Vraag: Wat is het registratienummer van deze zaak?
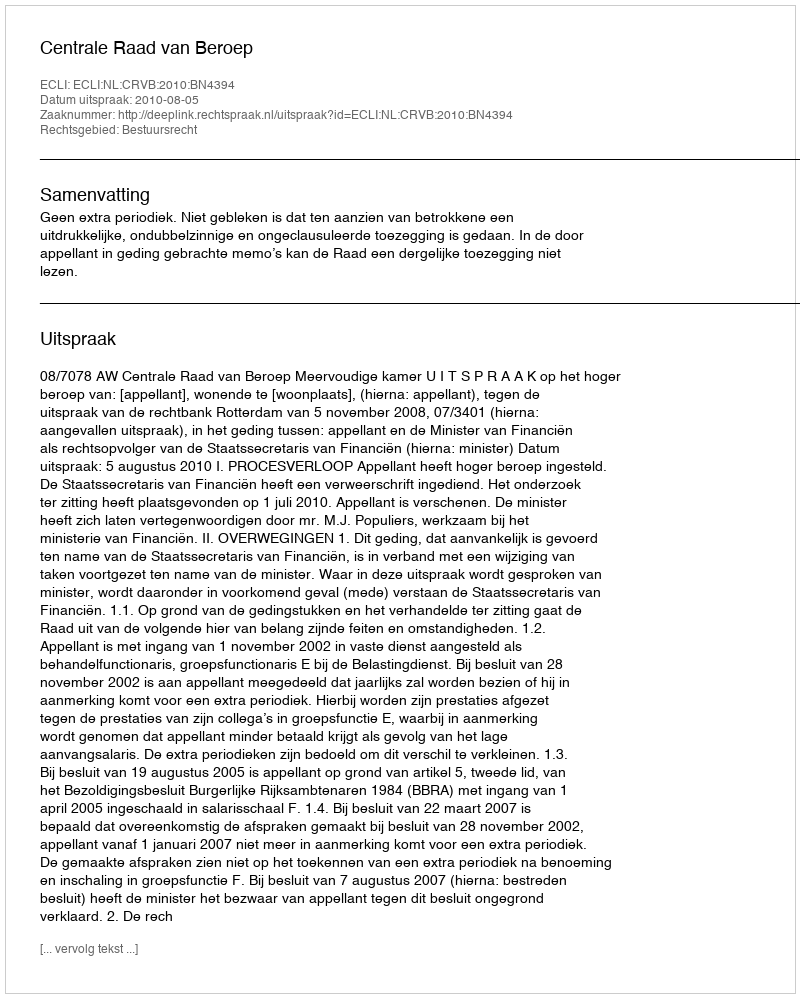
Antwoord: http://deeplink.rechtspraak.nl/uitspraak?id=ECLI:NL:CRVB:2010:BN4394